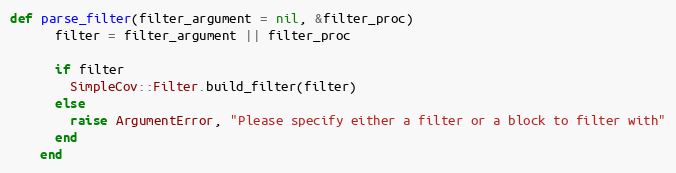
Language: Ruby
def parse_filter(filter_argument = nil, &filter_proc)
      filter = filter_argument || filter_proc

      if filter
        SimpleCov::Filter.build_filter(filter)
      else
        raise ArgumentError, "Please specify either a filter or a block to filter with"
      end
    end